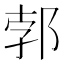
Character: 郣